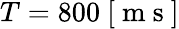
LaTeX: T=800~[\mathrm{~m~s~}]